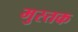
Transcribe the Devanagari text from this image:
मुस्तक